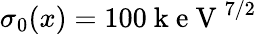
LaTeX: \sigma_{0}(x)=100\mathrm{~k~e~V~}^{7/2}